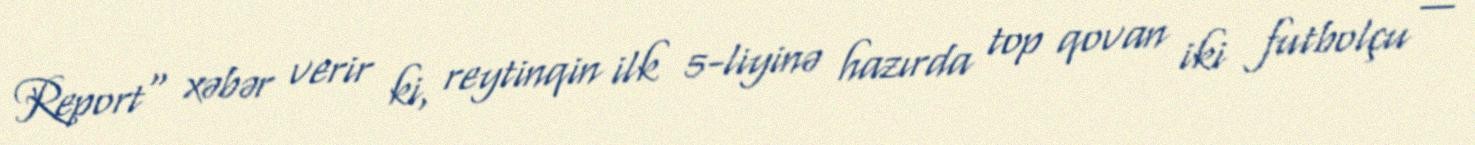
Report" xəbər verir ki, reytinqin ilk 5-liyinə hazırda top qovan iki futbolçu —